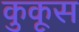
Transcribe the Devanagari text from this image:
कुकूस